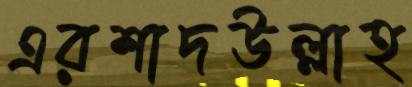
এরশাদউল্লাহ